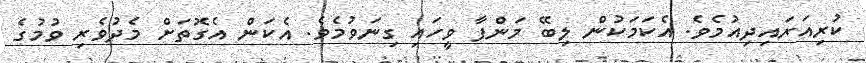
ކުރިއަރައިދިއުމެވެ. އެކަމަކުން ލިބޭ މަންފާ ވީހައި ގިނަވުމެވެ. އެކަން އެގޮތަށް މެދުވެރި ވުމުގެ